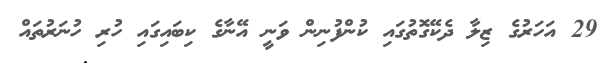
29 އަހަރުގެ ޒިލާ ދެކޭގޮތުގައި ކުންފުނިން ވަނީ އޭނާގެ ކިބައިގައި ހުރި ހުނަރުތައް